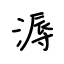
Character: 溽